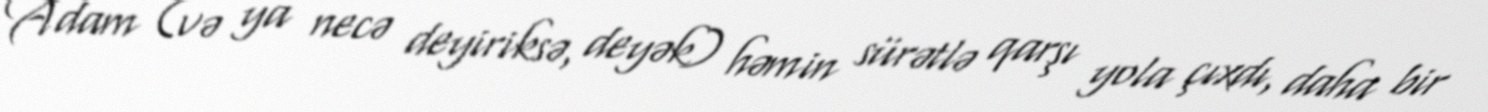
Adam (və ya necə deyiriksə, deyək) həmin sürətlə qarşı yola çıxdı, daha bir